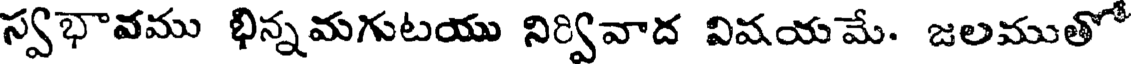
స్వభావము భిన్నమగుటయు నిర్వివాద విషయమే. జలముతో